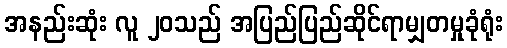
အနည်းဆုံး လူ ၂၀သည် အပြည်ပြည်ဆိုင်ရာမျှတမှုခုံရုံး